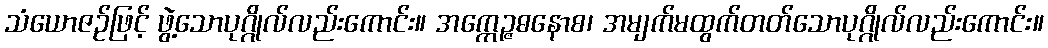
သံယောဇဉ်ဖြင့် ဖွဲ့သောပုဂ္ဂိုလ်လည်းကောင်း။ အက္ကေဉ္ဇဓနောစ၊ အမျက်မထွက်တတ်သောပုဂ္ဂိုလ်လည်းကောင်း။